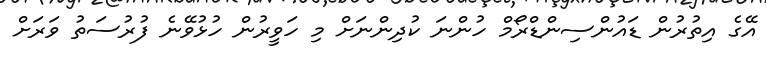
އޭގެ އިތުރުން ޑައުންސިންޑްރޯމް ހުންނަ ކުދިންނަށް މި ހަވީރުން ހުޅުވޭނެ ފުރުސަތު ވަރަށް